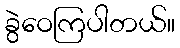
ခွဲဝေကြပါတယ်။